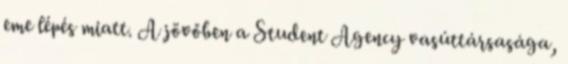
eme lépés miatt. A jövőben a Student Agency vasúttársasága,